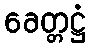
ခေတ္တဋ္ဌံ